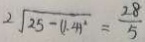
2 \sqrt { 2 5 - ( 1 . 4 ) ^ { 2 } } = \frac { 2 8 } { 5 }